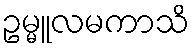
ဥမ္မူလမကာသိ